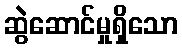
ဆွဲဆောင်မှုရှိသော